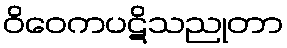
ဝိဝေကပဋိသညုတာ